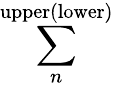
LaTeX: \sum_{n}^{\mathrm{upper(lower)}}